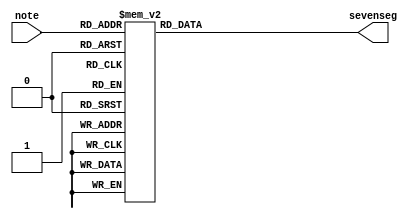
module note2SevenSeg(note,sevenseg);
input [2:0] note;
output reg [6:0] sevenseg;

always@(note)
begin 
	case(note)
		0:sevenseg=7'b0111111;	//show nothing is playing
		1:sevenseg=7'b0001000;  //A-note ~440.0 hz
		2:sevenseg=7'b0000011;	//B_note ~493.9 hz
		3:sevenseg=7'b1000110;	//C-note ~261.6 hz
		4:sevenseg=7'b0100001;	//D-note ~293.7 hz
		5:sevenseg=7'b0000110;	//E-note ~329.6 hz
		6:sevenseg=7'b0001110;	//f-note ~349.2 hz
		7:sevenseg=7'b1000010;	//g-note ~392.0 hz
	endcase
end
endmodule